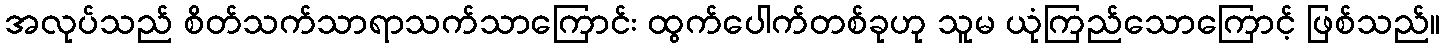
အလုပ်သည် စိတ်သက်သာရာသက်သာကြောင်း ထွက်ပေါက်တစ်ခုဟု သူမ ယုံကြည်သောကြောင့် ဖြစ်သည်။